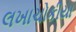
લખાચોકીયા